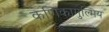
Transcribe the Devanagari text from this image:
कणिकागुल्मिय